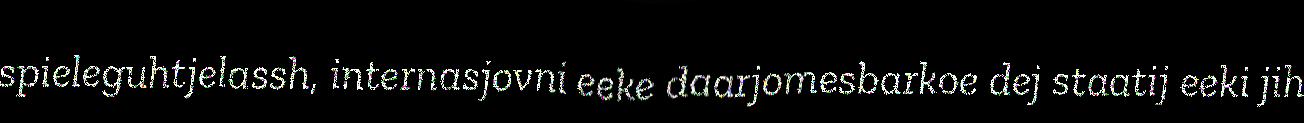
spieleguhtjelassh, internasjovni eeke daarjomesbarkoe dej staatij eeki jih